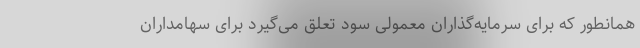
همانطور که برای سرمایه‌گذاران معمولی سود تعلق می‌گیرد برای سهامداران